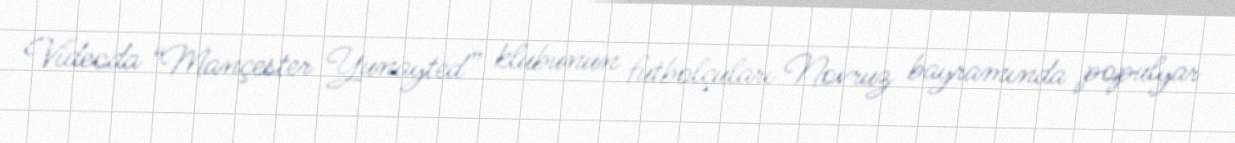
Videoda “Mançester Yunayted” klubunun futbolçuları Novruz bayramında populyar